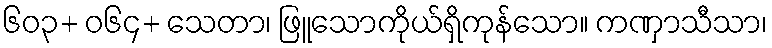
၆၀၃+ ဝ၆၄+ သေတာ၊ ဖြူသောကိုယ်ရှိကုန်သော။ ကဏှာသီသာ၊